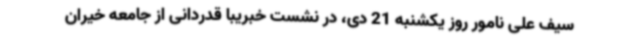
سیف علی نامور روز یکشنبه 21 دی، در نشست خبریبا قدردانی از جامعه خیران